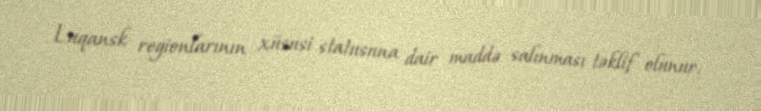
Luqansk regionlarının xüsusi statusuna dair maddə salınması təklif olunur.